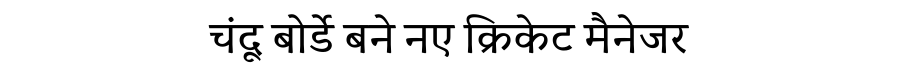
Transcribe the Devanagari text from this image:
चंदू बोर्डे बने नए क्रिकेट मैनेजर